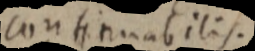
continuabilis.